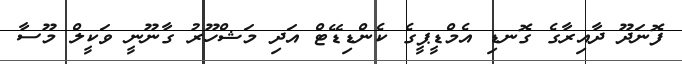
ފޮނަދޫ ދާއިރާގެ ގޮނޑި އެމްޑީޕީގެ ކެންޑިޑޭޓް އަދި މަޝްހޫރު ގާނޫނީ ވަކީލް މޫސާ